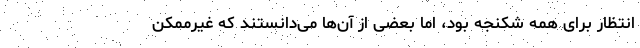
انتظار برای همه شکنجه بود، اما بعضی از آن‌ها می‌دانستند که غیرممکن